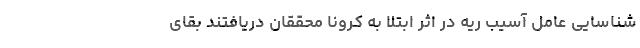
شناسایی عامل آسیب ریه در اثر ابتلا به کرونا محققان دریافتند بقای